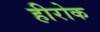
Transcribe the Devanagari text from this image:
हीरोक